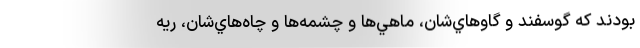
بودند كه گوسفند و گاوهاي‌شان، ماهي‌ها و چشمه‌ها و چاه‌هاي‌شان، ريه